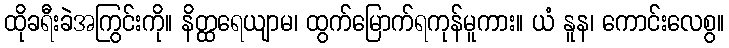
ထိုခရီးခဲအကြွင်းကို။ နိတ္ထရေယျာမ၊ ထွက်မြောက်ရကုန်မူကား။ ယံ နူန၊ ကောင်းလေစွ။